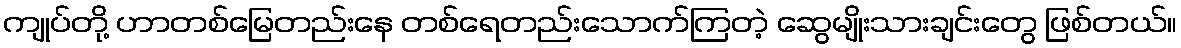
ကျုပ်တို့ ဟာတစ်မြေတည်းနေ တစ်ရေတည်းသောက်ကြတဲ့ ဆွေမျိုးသားချင်းတွေ ဖြစ်တယ်။